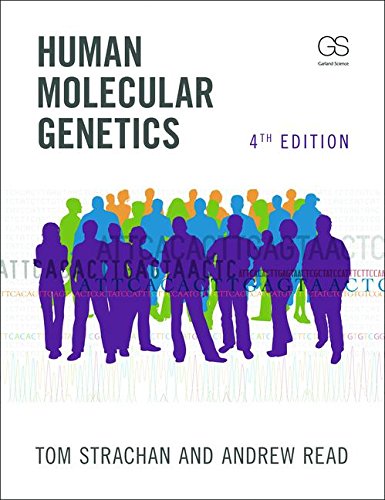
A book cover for Human Molecular Genetics, Fourth Edition; Tom Strachan; Medical Books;